Annual report on the working of the lock hospitals in the North-Western Provinces and Oudh
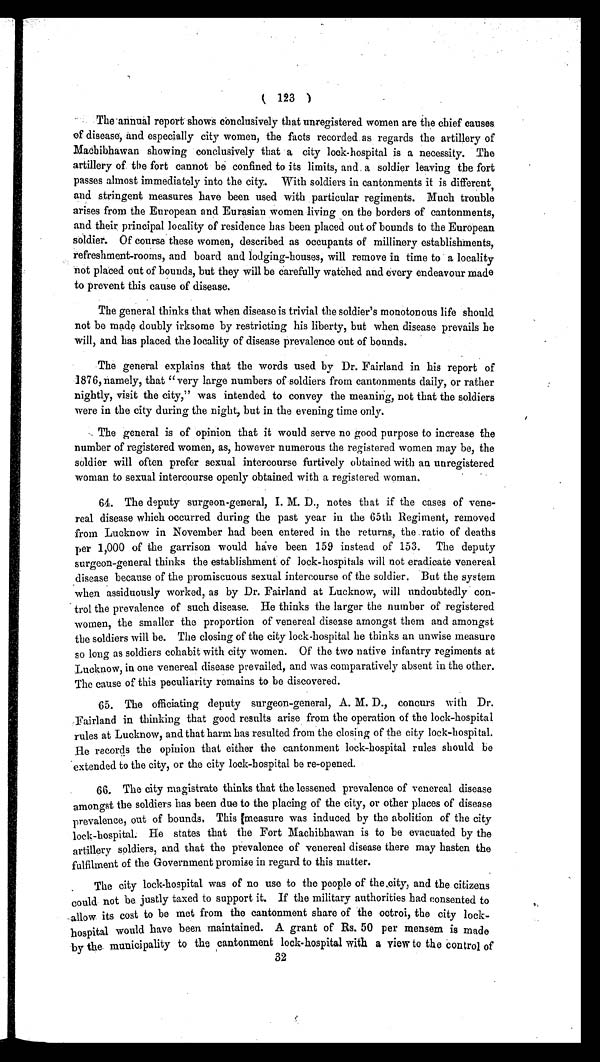
(
123
)
The annual report shows conclusively that unregistered women are the chief causes
of disease, and especially city women, the facts recorded as regards the artillery of
Machibhawan showing conclusively that a city lock-hospital is a necessity. The
artillery of the fort cannot be confined to its limits, and a soldier leaving the fort
passes almost immediately into the city. With soldiers in cantonments it is different,
and stringent measures have been used with particular regiments. Much trouble
arises from the European and Eurasian women living on the borders of cantonments,
and their principal locality of residence has been placed out of bounds to the European
soldier. Of course these women, described as occupants of millinery establishments,
refreshment-rooms, and board and lodging-houses, will remove in time to a locality
not placed out of bounds, but they will be carefully watched and every endeavour made
to prevent this cause of disease.
The general thinks that when disease is trivial the soldier's monotonous life should
not be made doubly irksome by restricting his liberty, but when disease prevails he
will, and has placed the locality of disease prevalence out of bounds.
The general explains that the words used by Dr. Fairland in his report of
1876, namely, that **very large numbers of soldiers from cantonments daily, or rather
nightly, visit the city, was intended to convey the meaning, not that the soldiers
were in the city during the night, but in the evening time only.
The general is of opinion that it would serve no good purpose to increase the
number of registered women, as, however numerous the registered women may be, the
soldier will often prefer sexual intercourse furtively obtained with an unregistered
woman to sexual intercourse openly obtained with a registered woman.
64. The deputy surgeon-general, I. M. D., notes that if the cases of vene-
real disease which occurred during the past year in the 65th Regiment, removed
from Lucknow in November had been entered in the returns, the ratio of deaths
per 1,000 of the garrison would have been 159 instead of 153. The deputy
surgeon-general thinks the establishment of lock-hospitals will not eradicate venereal
disease because of the promiscuous sexual intercourse of the soldier. But the system
when assiduously worked, as by Dr. Fairland at Lucknow, will undoubtedly con-
trol the prevalence of such disease. He thinks the larger the number of registered
women, the smaller the proportion of venereal disease amongst them and amongst
the soldiers will be. The closing of the city lock-hospital he thinks an unwise measure
so long as soldiers cohabit with city women. Of the two native infantry regiments at
Lucknow, in one venereal disease prevailed, and was comparatively absent in the other.
The cause of this peculiarity remains to be discovered.
65. The officiating deputy surgeon-general, A. M. D., concurs with Dr.
Fairland in thinking that good results arise from the operation of the lock-hospital
rules at Lucknow, and that harm has resulted from the closing of the city lock-hospital.
He records the opinion that either the cantonment lock-hospital rules should be
extended to the city, or the city lock-hospital be re-opened.
66. The city magistrate thinks that the lessened prevalence of venereal disease
amongst the soldiers has been due to the placing of the city, or other places of disease
prevalence, out of bounds. This measure was induced by the abolition of the city
lock-hospital. He states that the Fort Machibhawan is to be evacuated by the
artillery soldiers, and that the prevalence of venereal disease there may hasten the
fulfilment of the Government promise in regard to this matter.
The city lock-hospital was of no use to the people of the city, and the citizens
could not be justly taxed to support it. If the military authorities had consented to
allow its cost to be met from the cantonment share of the octroi, the city lock-
hospital would have been maintained. A grant of Rs. 50 per mensem is made
by the municipality to the cantonment lock-hospital with a view to the control of
32